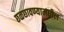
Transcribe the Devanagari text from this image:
छळछावण्यामधील